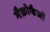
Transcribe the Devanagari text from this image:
मैक्रोफैजों